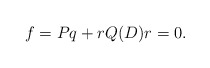
\begin{align*}f=Pq+r Q(D) r=0. \end{align*}